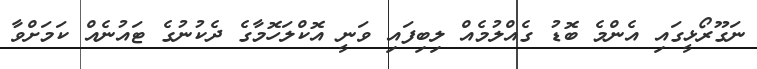
ނަގޫރޯޅީގައި އެންމެ ބޮޑު ގެއްލުމެއް ލިބިފައި ވަނީ އޮކްލަހޮމާގެ ދެކުނުގެ ޓައުނެއް ކަމަށްވާ